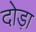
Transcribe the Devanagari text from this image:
दोड़ा